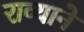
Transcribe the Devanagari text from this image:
राव्याने